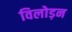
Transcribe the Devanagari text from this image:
विलोड़न